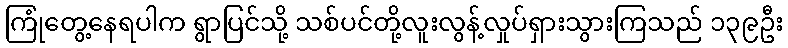
ကြုံတွေ့နေရပါက ရွာပြင်သို့ သစ်ပင်တို့လူးလွန့်လှုပ်ရှားသွားကြသည် ၁၃၉ဦး